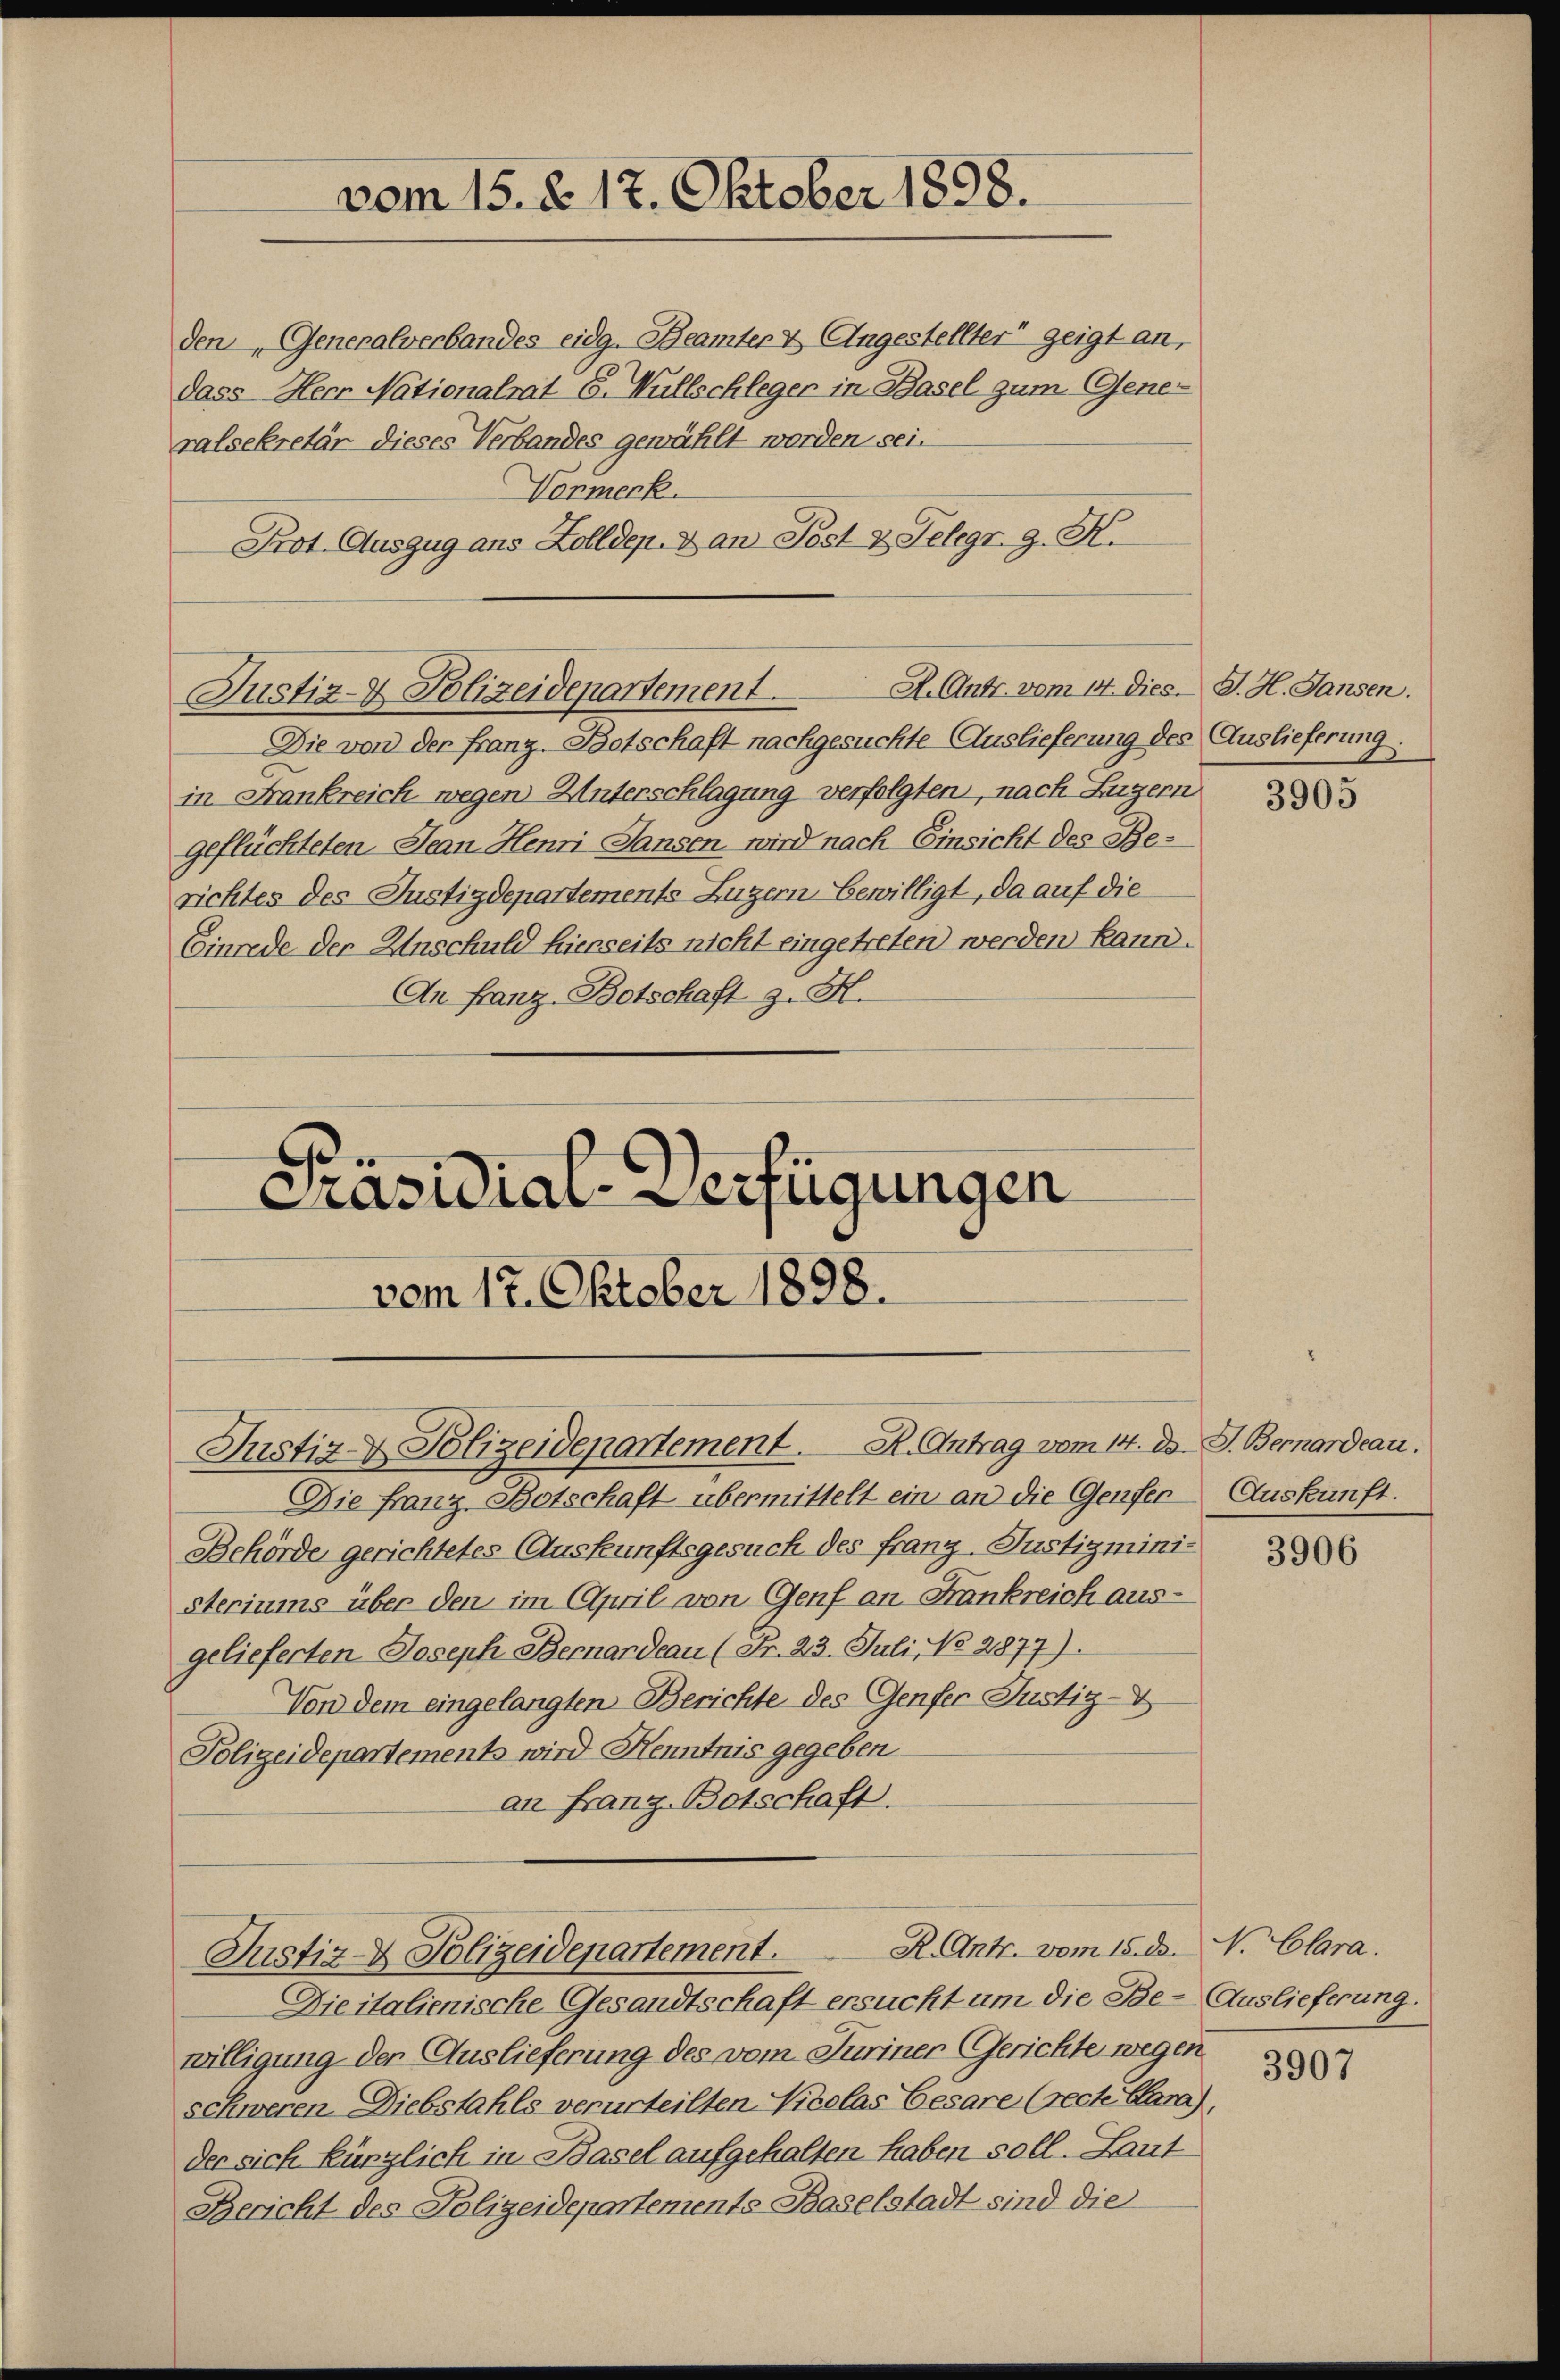
Vormenk.
Prot. Auszug aus Zolldep. & an Post & Telegr. g. K.
Die von der Franz. Potschaft nachgesuchte Auslieferung des Auslieferung:
in Frankreich wegen Unterschlagung verfolgten, nach Luzern
geflüchteten Jean Henri Sansen wird nach Einsicht des Berichtes des Justizdepartements Luzern bewilligt, da auf die
Einrede der Anschuld hierseits nicht eingetreten werden kann.
An Franz Botschaft z. H.

vom 15. d. 17. Oktober 1898.

den Generalverbandes eidg. Beamter & Angestellter zeigt an,
dass Herr Nationalrat E. Müllschleger in Basel zum Generalsekretär dieses Verbandes gewählt worden sei.

vom 17. Oktober 1898.

Präsidial-Verfügungen

Die Franz Botschaft übermittelt ein an die Genfer Auskunft.
Behörde gerichtetes Auskunftsgesuch des franz. Justizministeriums über den im April von Genf an Frankreich ausgelieferten Joseph Bernardeau (Fr. 23. Juli, No 2877).
Von dem eingelangten Berichte des Genfer Justiz-
Polizeidepartements wird Henntnis gegeben
an Franz-Botschaft.
Justiz- & Polizeidepartement. R. Antr. vom 15. ds. N. Clara.
Dieitalienische Gesandtschaft ersucht um die Be- Auslieferung.
willigung der Auslieferung des vom Juriner Gerichte wegen
schweren Diebstahls verurteilten Nicolas Besare (recte Chara
der sich kürzlich in Basel aufgehalten haben soll. Laut
Bericht des Polizeidepartements Baselstadt sind die

Justiz- & Polizeidepartement. R. Antrag vom 14. d. J. Bernardeau.

A. Andr. vom 14. Dies. J. H. Jansen.
Justiz- & Polizeidepartement.

3905

3906

.

3907